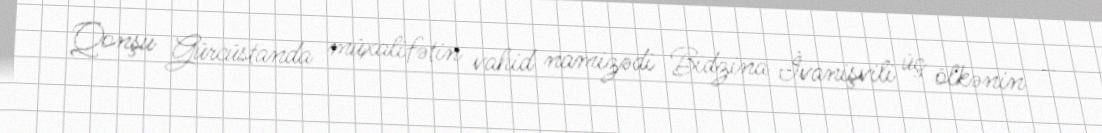
Qonşu Gürcüstanda müxalifətin vahid namizədi Bidzina İvanişvili üç ölkənin –